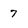
Character: 7